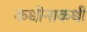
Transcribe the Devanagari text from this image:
कधीनाकधी